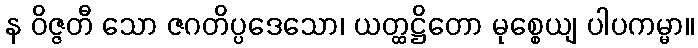
န ဝိဇ္ဇတီ သော ဇဂတိပ္ပဒေသော၊ ယတ္ထဋ္ဌိတော မုစ္စေယျ ပါပကမ္မာ။